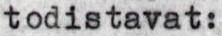
todistavat: